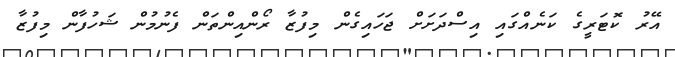
އޭރު ކޮޓަރީގެ ކަނެއްގައި އިސްދަށަށް ޖަހައިގެން މިފުޒާ ރޯންއިންތަން ފެނުމުން ޝަހުފާން މިފުޒާާ